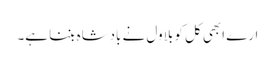
ارے ابھی کل کو بلاول نے بادشاہ بننا ہے۔